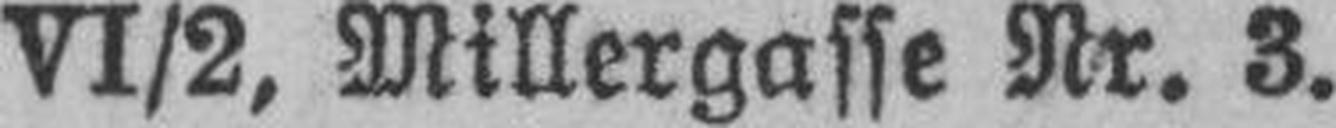
VI/2, Millergasse Nr. 3.